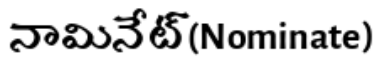
నామినేట్(Nominate)